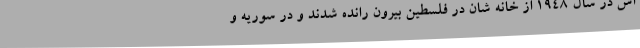
اش در سال 1948 از خانه شان در فلسطین بیرون رانده شدند و در سوریه و